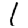
Digit: 1